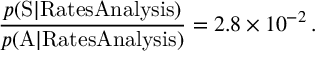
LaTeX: \frac { p ( \mathrm { S } | \mathrm { R a t e s A n a l y s i s } ) } { p ( \mathrm { A } | \mathrm { R a t e s A n a l y s i s } ) } = 2 . 8 \times 1 0 ^ { - 2 } \, .